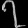
Digit: ၇